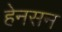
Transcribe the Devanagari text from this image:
हेनसन